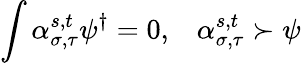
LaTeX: \int\alpha_{\sigma,\tau}^{s,t}\psi^{\dagger}=0,\; \; \; \alpha_{\sigma,\tau}^{s,t}\succ\psi